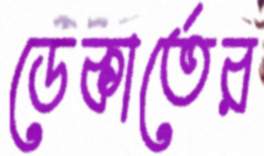
ডেকার্তের